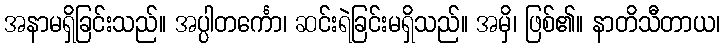
အနာမရှိခြင်းသည်။ အပ္ပါတင်္ကော၊ ဆင်းရဲခြင်းမရှိသည်။ အမှိ၊ ဖြစ်၏။ နာတိသီတာယ၊